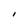
Character: I